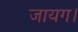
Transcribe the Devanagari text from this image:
जायग।